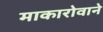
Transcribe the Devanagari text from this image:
माकारोवाने